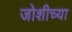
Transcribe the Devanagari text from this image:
जोशीच्या